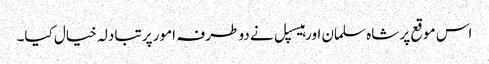
اس موقع پر شاہ سلمان اور ہیسپل نے دو طرفہ امور پر تبادلہ خیال کیا۔